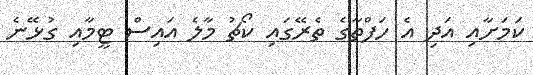
ކަމަށާއި އަދި އެ ހަފްތާގެ ތެރޭގައި ކޯޗު މާލެ އައިސް ޓީމާއި ގުޅޭނެ